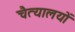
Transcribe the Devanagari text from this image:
चैत्यालयों